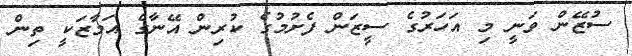
ސުޒޭން ވަނީ މި އަހަރުގެ ސީޒަން ފެށުމުގެ ކުރިން އޭނާގެ އަމާޒަކީ ތިން